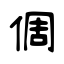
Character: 倜